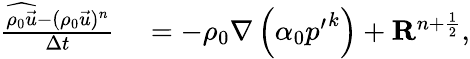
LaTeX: \begin{array}{rl}{\frac{\widehat{\rho_{0}\vec{u}}-(\rho_{0}\vec{u})^{n}}{\Delta t}}&{{}=-\rho_{0}\nabla\left(\alpha_{0}{p^{\prime}}^{k}\right)+\mathbf{R}^{n+\frac{1}{2}},}\end{array}